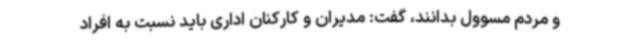
و مردم مسوول بدانند، گفت: مدیران و کارکنان اداری باید نسبت به افراد